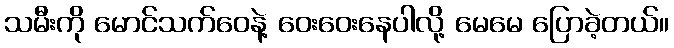
သမီးကို မောင်သက်ဝေနဲ့ ဝေးဝေးနေပါလို့ မေမေ ပြောခဲ့တယ်။